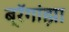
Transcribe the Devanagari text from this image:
ब्रॅगांझा